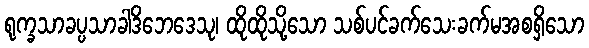
ရုက္ခသာခပ္ပသာခါဒိဘေဒေသု၊ ထိုထိုသို့သော သစ်ပင်ခက်သေးခက်မအစရှိသော